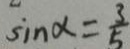
\sin \alpha = \frac { 3 } { 5 }